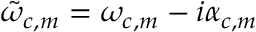
\tilde { \omega } _ { c , m } = \omega _ { c , m } - i \alpha _ { c , m }